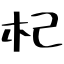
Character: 杞